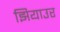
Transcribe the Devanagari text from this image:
झियाउर